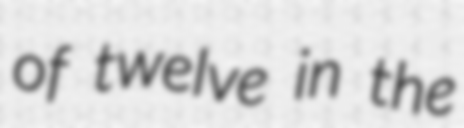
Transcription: of twelve in the